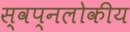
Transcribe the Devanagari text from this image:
स्वप्नलोकीय